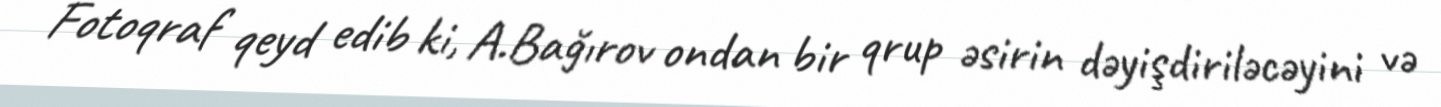
Fotoqraf qeyd edib ki, A.Bağırov ondan bir qrup əsirin dəyişdiriləcəyini və